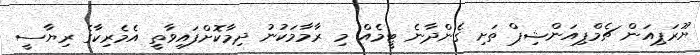
ޔޫރަޕިއަން ޗެމްޕިއަންޝިޕް ތަށި ގެންދާނެ ޓީމެއް މި ރާމާމަކުނު ދިމާކޮށްފައިވާތީ އެމެރިކާގެ ރިޔާސީ